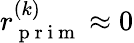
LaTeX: r_{\mathrm{~p~r~i~m~}}^{(k)}\approx 0